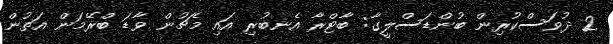
2 ދުވަަސްކުރިން ބުންޑަސްލީގާ: ބާޓްރާ އެނބުރި އައި މެޗުން ވާޑަ ބްރޭމަން އަތުން